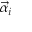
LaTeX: { \vec { \alpha } } _ { i }